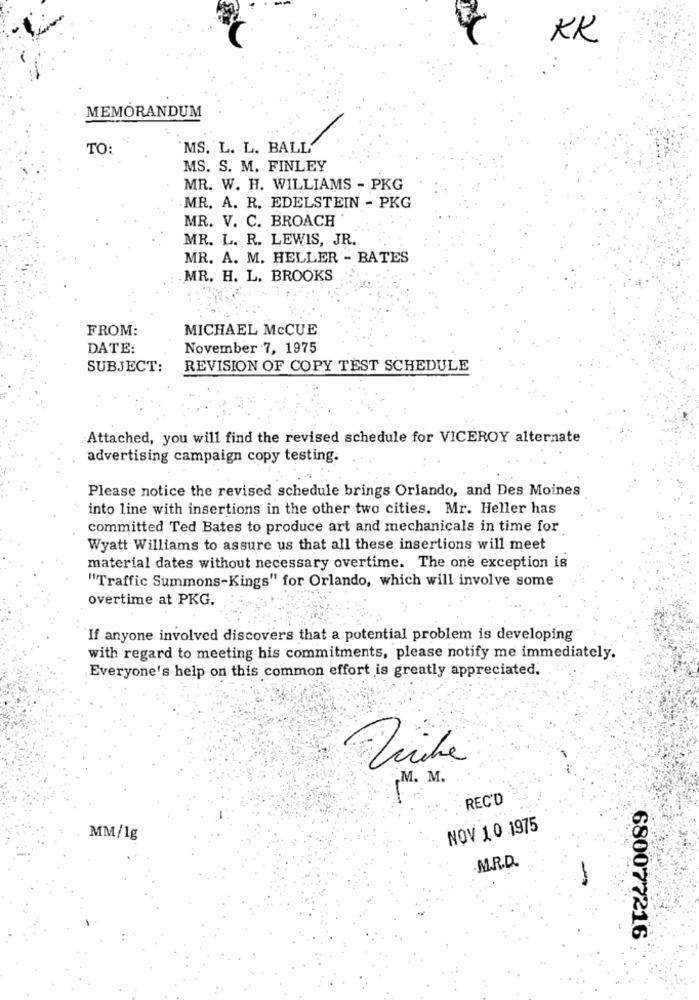
KK
MEMORANDUM
TO:
'MS. L. L. BALL"
MS. S. M. FINLEY
MR. W. H. WILLIAMS - PKG
. MR. A. R. EDELSTEIN - PKG
MR. V. C. BROACH
MR. L. R. LEWIS, JR.
MR. A. M. HELLER - BATES
MR. H. L. BROOKS
FROM:
MICHAEL McCUE
DATE:
November 7, 1975
SUBJECT:
REVISION OF COPY TEST SCHEDULE
Attached, you will find the revised schedule for VICEROY alternate
advertising campaign copy testing.
Please notice the revised schedule brings Orlando, and Des Moines
into line with insertions in the other two cities. Mr. Heller has
committed Ted Bates to produce art and mechanicals in time for
Wyatt Williams to assure us that all these insertions will meet
material dates without necessary overtime. The one exception is
"Traffic Summons-Kings" for Orlando, which will involve some
overtime at PKG.
If anyone involved discovers that a potential problem is developing
with regard to meeting his commitments, please notify me immediately.
Everyone's help on this common effort is greatly appreciated.
M. M.
REC'D
NOV 10 1975
MM/1g
.M.R.D.
680077216